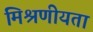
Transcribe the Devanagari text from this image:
मिश्रणीयता